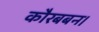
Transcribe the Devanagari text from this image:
कौरबबन।